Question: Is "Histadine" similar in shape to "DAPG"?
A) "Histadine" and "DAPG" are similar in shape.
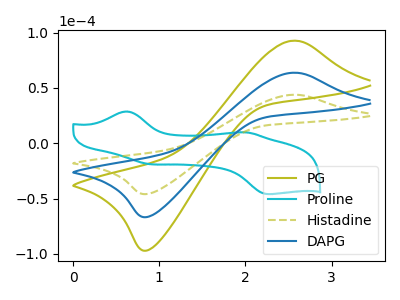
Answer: <think>The olive curve "PG" has an anodic peak at (2.55V, 127.55uA) and a cathodic peak at (0.85V, -133.30uA). The cyan curve "Proline" has anodic peaks at (0.60V, 28.80uA) (2.00V, 9.85uA) and cathodic peaks at (0.90V, -18.95uA) (2.25V, -45.95uA). The olive dashed curve "Histadine" has an anodic peak at (2.55V, 43.85uA) and a cathodic peak at (0.85V, -45.85uA). The blue curve "DAPG" has an anodic peak at (2.55V, 63.75uA) and a cathodic peak at (0.85V, -66.65uA).
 All the peaks in "Histadine" have a peak in "DAPG" at the same potential. Every peak in "Histadine" is lower than every peak in "DAPG".</think>
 <answer>A) "Histadine" and "DAPG" are similar in shape.</answer>
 <eval>A</eval>